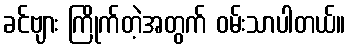
ခင်ဗျား ကြိုက်တဲ့အတွက် ဝမ်းသာပါတယ်။